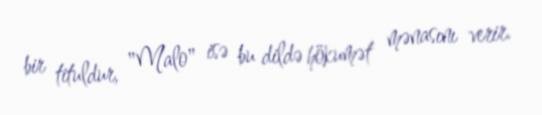
bir tituldur, "Malo" isə bu dildə hökumət mənasını verir.